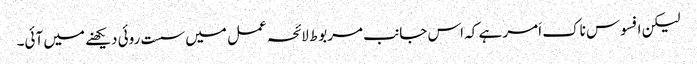
لیکن افسوس ناک اَمر ہے کہ اس جانب مربوط لائحہ عمل میں سست روئی دیکھنے میں آئی۔